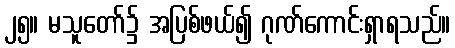
၂၅။ မသူတော်၌ အပြစ်ဖယ်၍ ဂုဏ်ကောင်းရှာရသည်။